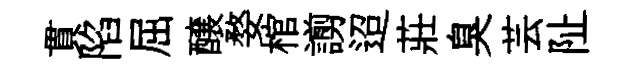
貫陷屈醸婺棺謭迢莊臭芸阯